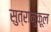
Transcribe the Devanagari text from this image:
सुत्रानुकूल